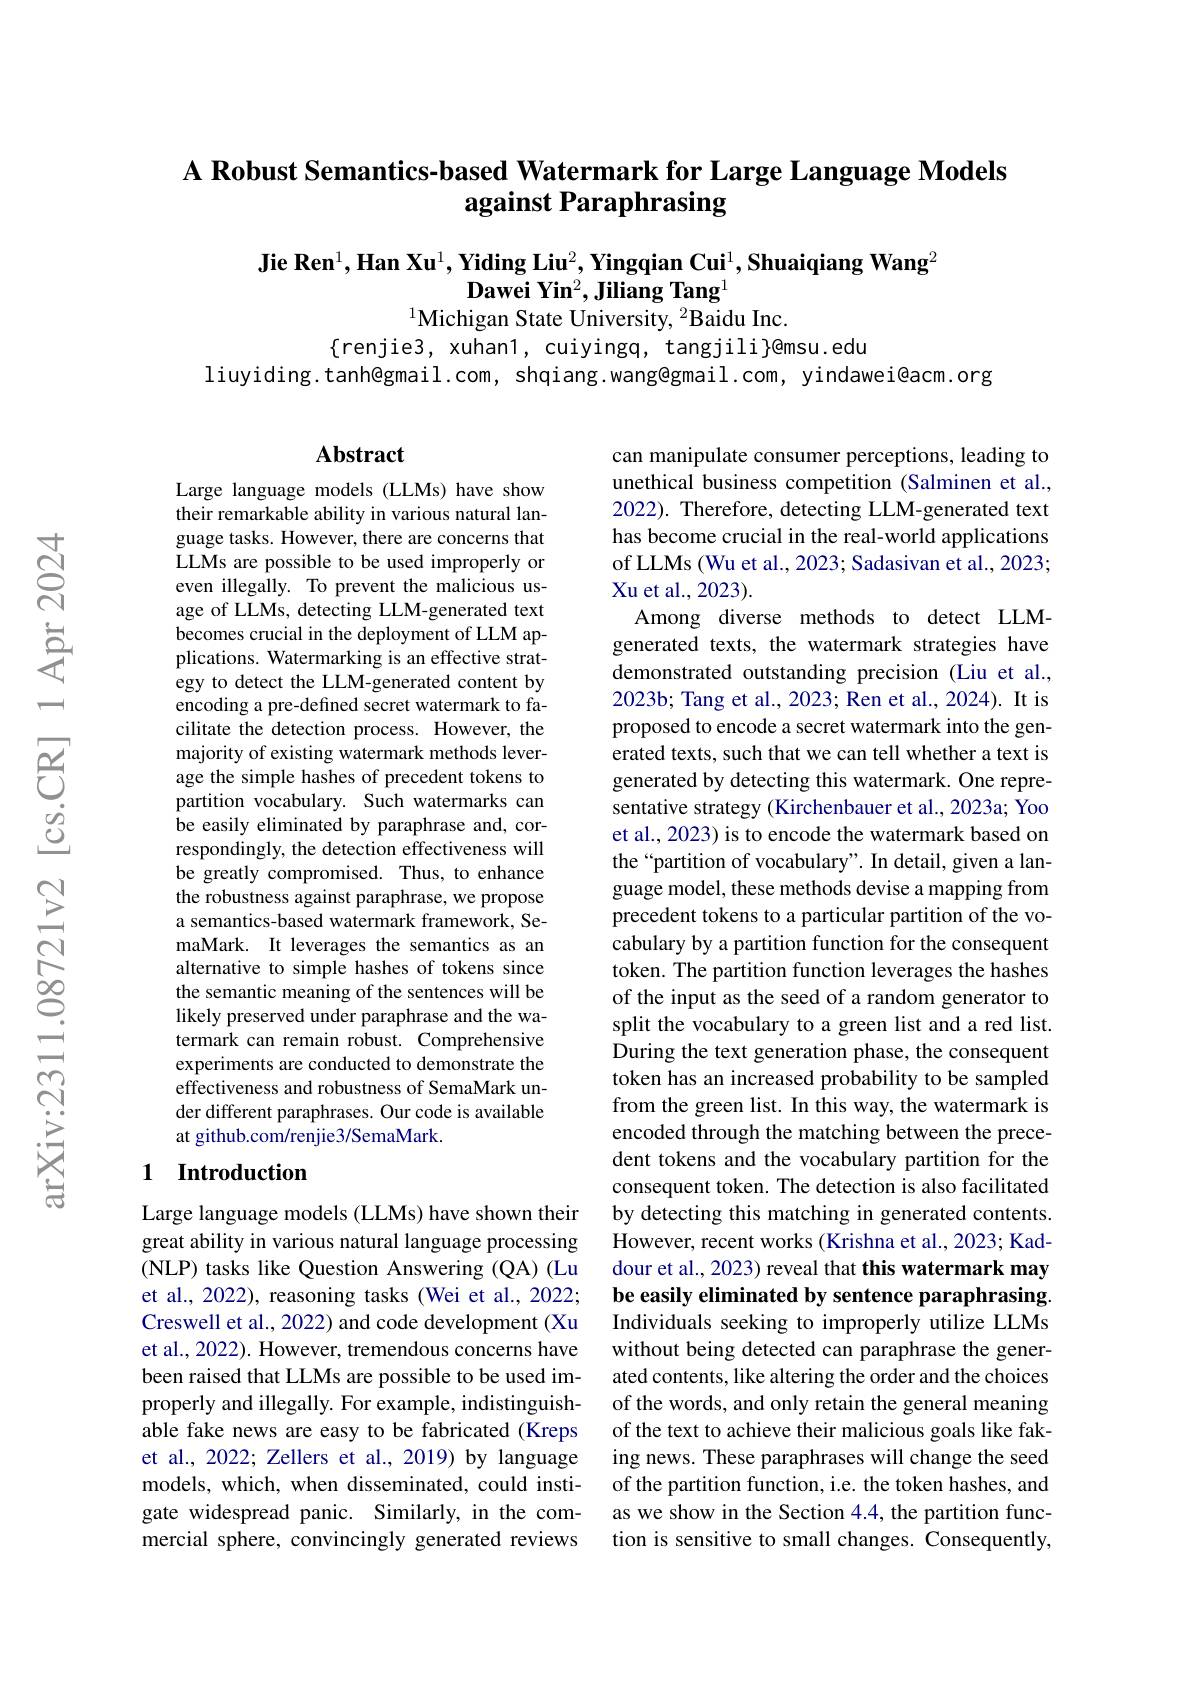
## A Robust Semantics-based Watermark for Large Language Models against Paraphrasing

Jie Ren$^1,\textbf{Han Xu}^1,\textbf{Yiding Liu}^2,\textbf{Yingqian Cui}^1,\textbf{Shuaiqiang Wang}^2$
$\tilde{\textbf{Dawei Yin}}^2,\tilde{\textbf{Jiliang Tang}}^1$
$^{1}$Michigan State University, $^2$Baidu Inc.

$\{$renjie3, xuhan1, cuiyingq, tangjili}@{msu.edu}
liuyiding.tanh@gmail.com, shqiang.wang@gmail.com, yindawei@acm.org

## Abstract

Large language models (LLMs) have show their remarkable ability in various natural language tasks. However, there are concerns that LLMs are possible to be used improperly or even illegally. To prevent the malicious usage of LLMs, detecting LLM-generated text becomes crucial in the deployment of LLM applications. Watermarking is an effective strategy to detect the LLM-generated content by encoding a pre-defined secret watermark to facilitate the detection process. However, the majority of existing watermark methods leverage the simple hashes of precedent tokens to partition vocabulary. Such watermarks can be easily eliminated by paraphrase and, correspondingly, the detection effectiveness will be greatly compromised. Thus, to enhance the robustness against paraphrase, we propose a semantics-based watermark framework, SemaMark. It leverages the semantics as an alternative to simple hashes of tokens since the semantic meaning of the sentences will be likely preserved under paraphrase and the watermark can remain robust. Comprehensive experiments are conducted to demonstrate the effectiveness and robustness of SemaMark under different paraphrases. Our code is available at github.com/renjie3/SemaMark.

can manipulate consumer perceptions, leading to unethical business competition (Salminen et al., 2022). Therefore, detecting LLM-generated text has become crucial in the real-world applications of LLMs (Wu et al., 2023; Sadasivan et al., 2023; Xu et al., 2023).
Among diverse methods to detect LLMgenerated texts, the watermark strategies have demonstrated outstanding precision (Liu et al. 2023b; Tang et al., 2023; Ren et al., 2024). It is proposed to encode a secret watermark into the generated texts, such that we can tell whether a text is generated by detecting this watermark. One representative strategy (Kirchenbauer et al., 2023a; Yoo et al., 2023) is to encode the watermark based on the“partition of vocabulary". In detail, given a language model, these methods devise a mapping from precedent tokens to a particular partition of the vocabulary by a partition function for the consequent token. The partition function leverages the hashes of the input as the seed of a random generator to split the vocabulary to a green list and a red list. During the text generation phase, the consequent token has an increased probability to be sampled from the green list. In this way, the watermark is encoded through the matching between the precedent tokens and the vocabulary partition for the consequent token. The detection is also facilitated by detecting this matching in generated contents. However, recent works (Krishna et al., 2023; Kaddour et al., 2023) reveal that this watermark may be easily eliminated by sentence paraphrasing Individuals seeking to improperly utilize LLMs without being detected can paraphrase the generated contents, like altering the order and the choices of the words, and only retain the general meaning of the text to achieve their malicious goals like faking news. These paraphrases will change the seed of the partition function, i.e. the token hashes, and as we show in the Section 4.4, the partition function is sensitive to small changes. Consequently,

# 1 Introduction

Large language models (LLMs) have shown their great ability in various natural language processing (NLP) tasks like Question Answering (QA) (Lu et al., 2022), reasoning tasks (Wei et al., 2022; Creswell et al., 2022) and code development (Xu et al., 2022). However, tremendous concerns have been raised that LLMs are possible to be used improperly and illegally. For example, indistinguishable fake news are easy to be fabricated (Kreps et al., 2022; Zellers et al., 2019) by language models, which, when disseminated, could instigate widespread panic. Similarly, in the commercial sphere, convincingly generated reviews